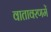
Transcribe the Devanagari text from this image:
वातावरणमें